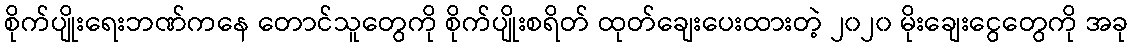
စိုက်ပျိုးရေးဘဏ်ကနေ တောင်သူတွေကို စိုက်ပျိုးစရိတ် ထုတ်ချေးပေးထားတဲ့ ၂၀၂၀ မိုးချေးငွေတွေကို အခု